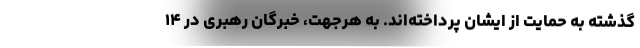
گذشته به حمایت از ایشان پرداخته‌اند. به هرجهت، خبرگان رهبری در ۱۴